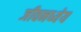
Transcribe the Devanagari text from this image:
जीवनध्येय